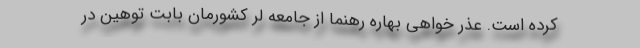
کرده است. عذر خواهی بهاره رهنما از جامعه لُر کشورمان بابت توهین در